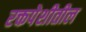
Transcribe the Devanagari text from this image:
रक्तपेशीतील